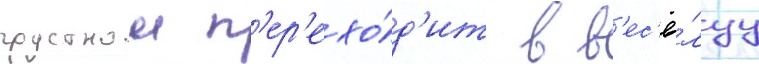
грустнои п'ер'ехо́д'ит в в'ес'ё́луу